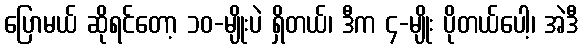
ပြောမယ် ဆိုရင်တော့ ၁၀-မျိုးပဲ ရှိတယ်၊ ဒီက ၄-မျိုး ပိုတယ်ပေါ့၊ အဲဒီ